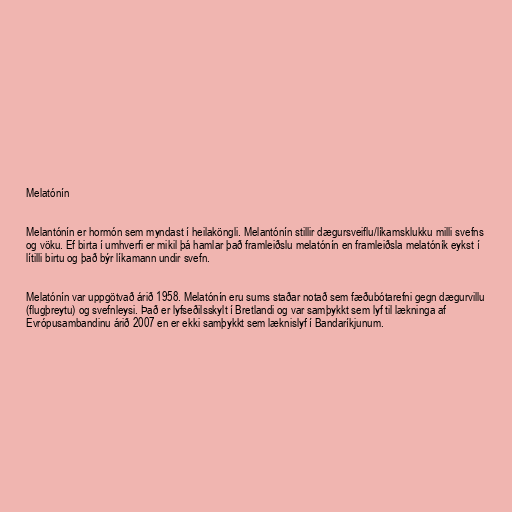
Melatónín

Melantónín er hormón sem myndast í heilaköngli. Melantónín stillir dægursveiflu/líkamsklukku milli svefns
og vöku. Ef birta í umhverfi er mikil þá hamlar það framleiðslu melatónín en framleiðsla melatóník eykst í
lítilli birtu og það býr líkamann undir svefn.

Melatónín var uppgötvað árið 1958. Melatónín eru sums staðar notað sem fæðubótarefni gegn dægurvillu
(flugþreytu) og svefnleysi. Það er lyfseðilsskylt í Bretlandi og var samþykkt sem lyf til lækninga af
Evrópusambandinu árið 2007 en er ekki samþykkt sem læknislyf í Bandaríkjunum.